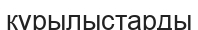
кұрылыстарды